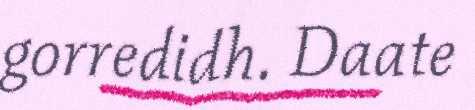
gorredidh. Daate